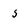
Character: 5